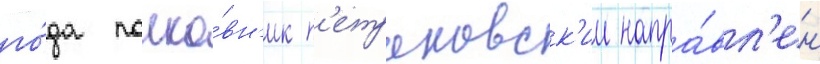
го́да полко́вн'ик п'етраковск'ии напра́вл'ен